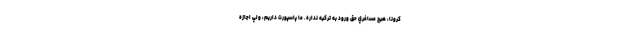
كرونا، هيچ مسافري حق ورود به تركيه نداره. ما پاسپورت داريم، ولي اجازه